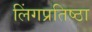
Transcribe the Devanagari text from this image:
लिंगप्रतिष्ठा